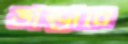
ভান্ডারে